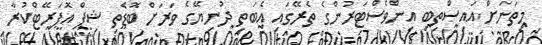
މިތަނަށް އައިސްތިބި އިންވެސްޓަރުންގެ ތެރޭގައި އެބަތި ދުނިޔޭގެ ވަރަށް ބޮޑެތި ޝިޕް އޮޕަރޭޓްކުރާ